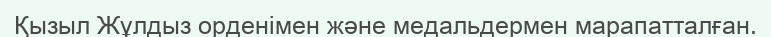
Қызыл Жұлдыз орденімен және медальдермен марапатталған.